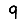
Digit: 9